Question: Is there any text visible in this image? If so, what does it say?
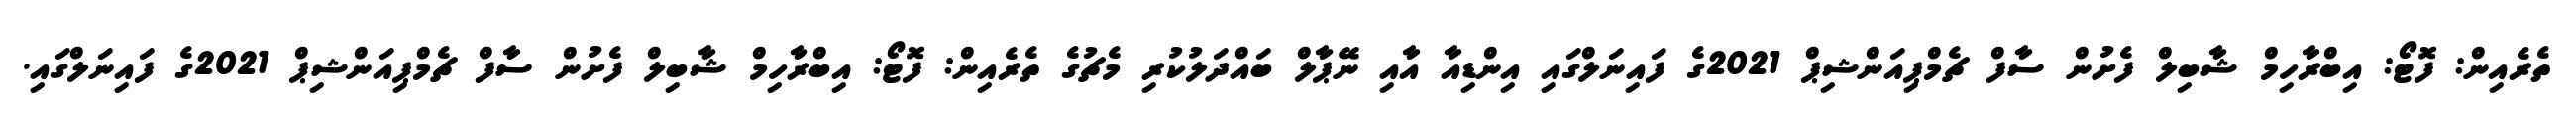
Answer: ތެރެއިން: ފޮޓޯ: އިބްރާހިމް ޝާބިލް ފެށުން ސާފް ޗެމްޕިއަންޝިޕް 2021ގެ ފައިނަލްގައި އިންޑިއާ އާއި ނޭޕާލް ބައްދަލުކުރި މެޗުގެ ތެރެއިން: ފޮޓޯ: އިބްރާހިމް ޝާބިލް ފެށުން ސާފް ޗެމްޕިއަންޝިޕް 2021ގެ ފައިނަލްގައި.